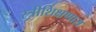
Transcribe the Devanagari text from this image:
स्त्रीशिक्षणास